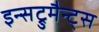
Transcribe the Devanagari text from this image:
इन्सट्रुमैन्ट्स